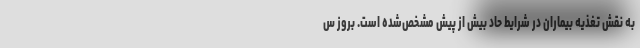
به نقش تغذیه بیماران در شرایط حاد بیش از پیش مشخص‌شده است. بروز س